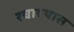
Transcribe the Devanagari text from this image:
रचावयास